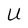
Character: U